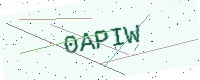
Text: 0APIW